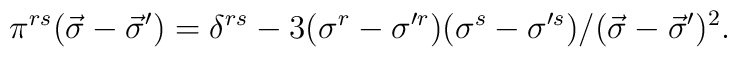
\pi^{rs}(\vec{\sigma}-\vec{\sigma}')=\delta^{rs}-3(\sigma^{r}-\sigma'^{r})(\sigma^{s}-\sigma'^{s})/(\vec{\sigma}-\vec{\sigma}')^{2}.